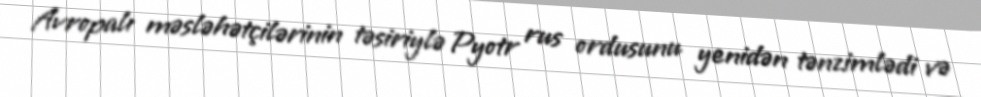
Avropalı məsləhətçilərinin təsiriylə Pyotr rus ordusunu yenidən tənzimlədi və